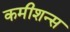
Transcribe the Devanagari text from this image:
कमीशन्स